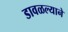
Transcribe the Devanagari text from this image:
डावळल्याने